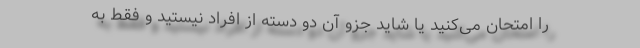
را امتحان می‌کنید یا شاید جزو آن دو دسته از افراد نیستید و فقط به